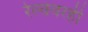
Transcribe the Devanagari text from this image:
रेल्वेवरही